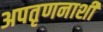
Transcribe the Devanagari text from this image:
अपतृणनाशी